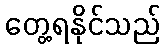
တွေ့ရနိုင်သည်